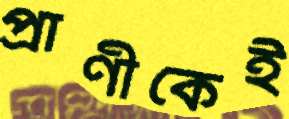
প্রাণীকেই